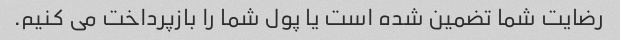
رضایت شما تضمین شده است یا پول شما را بازپرداخت می کنیم.